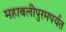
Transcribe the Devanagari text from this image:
महाबलीपुरमपर्यंत